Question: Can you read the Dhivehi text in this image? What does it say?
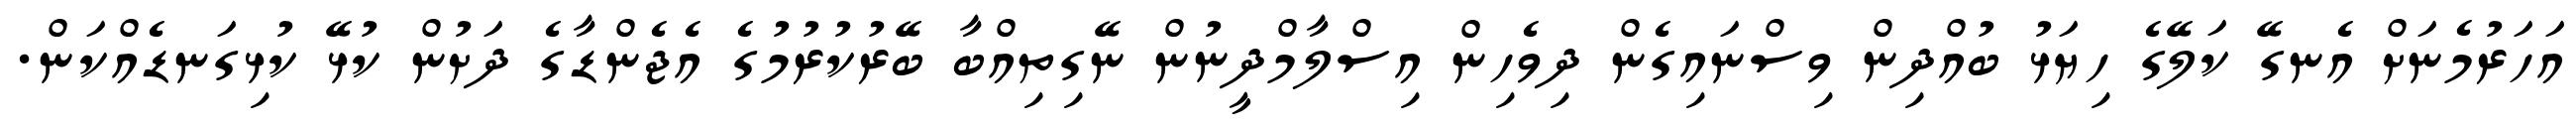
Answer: އަހަރުމެނަށް އެނގޭ ކަލޭގެ ހިޔަޅު ބުއްދިން ވިސްނައިގެން ދިވެހިން އިސްލާމްދީނުން ނޭގިތިއްބާ ބޭރުކުރުމުގެ އެޖެންޑާގެ ދަށުން ކުޅޭ ކުޅިގަނޑެއްކަން.